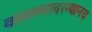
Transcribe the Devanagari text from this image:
वास्तव्यादरम्यानच